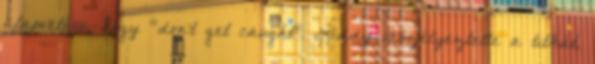
alapvetése, hogy “don’t get caught”. Liddy veszélyeztette a titkát,